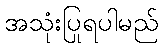
အသုံးပြုရပါမည်